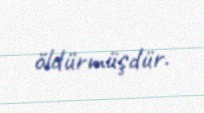
öldürmüşdür.